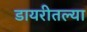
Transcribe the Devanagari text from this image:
डायरीतल्या